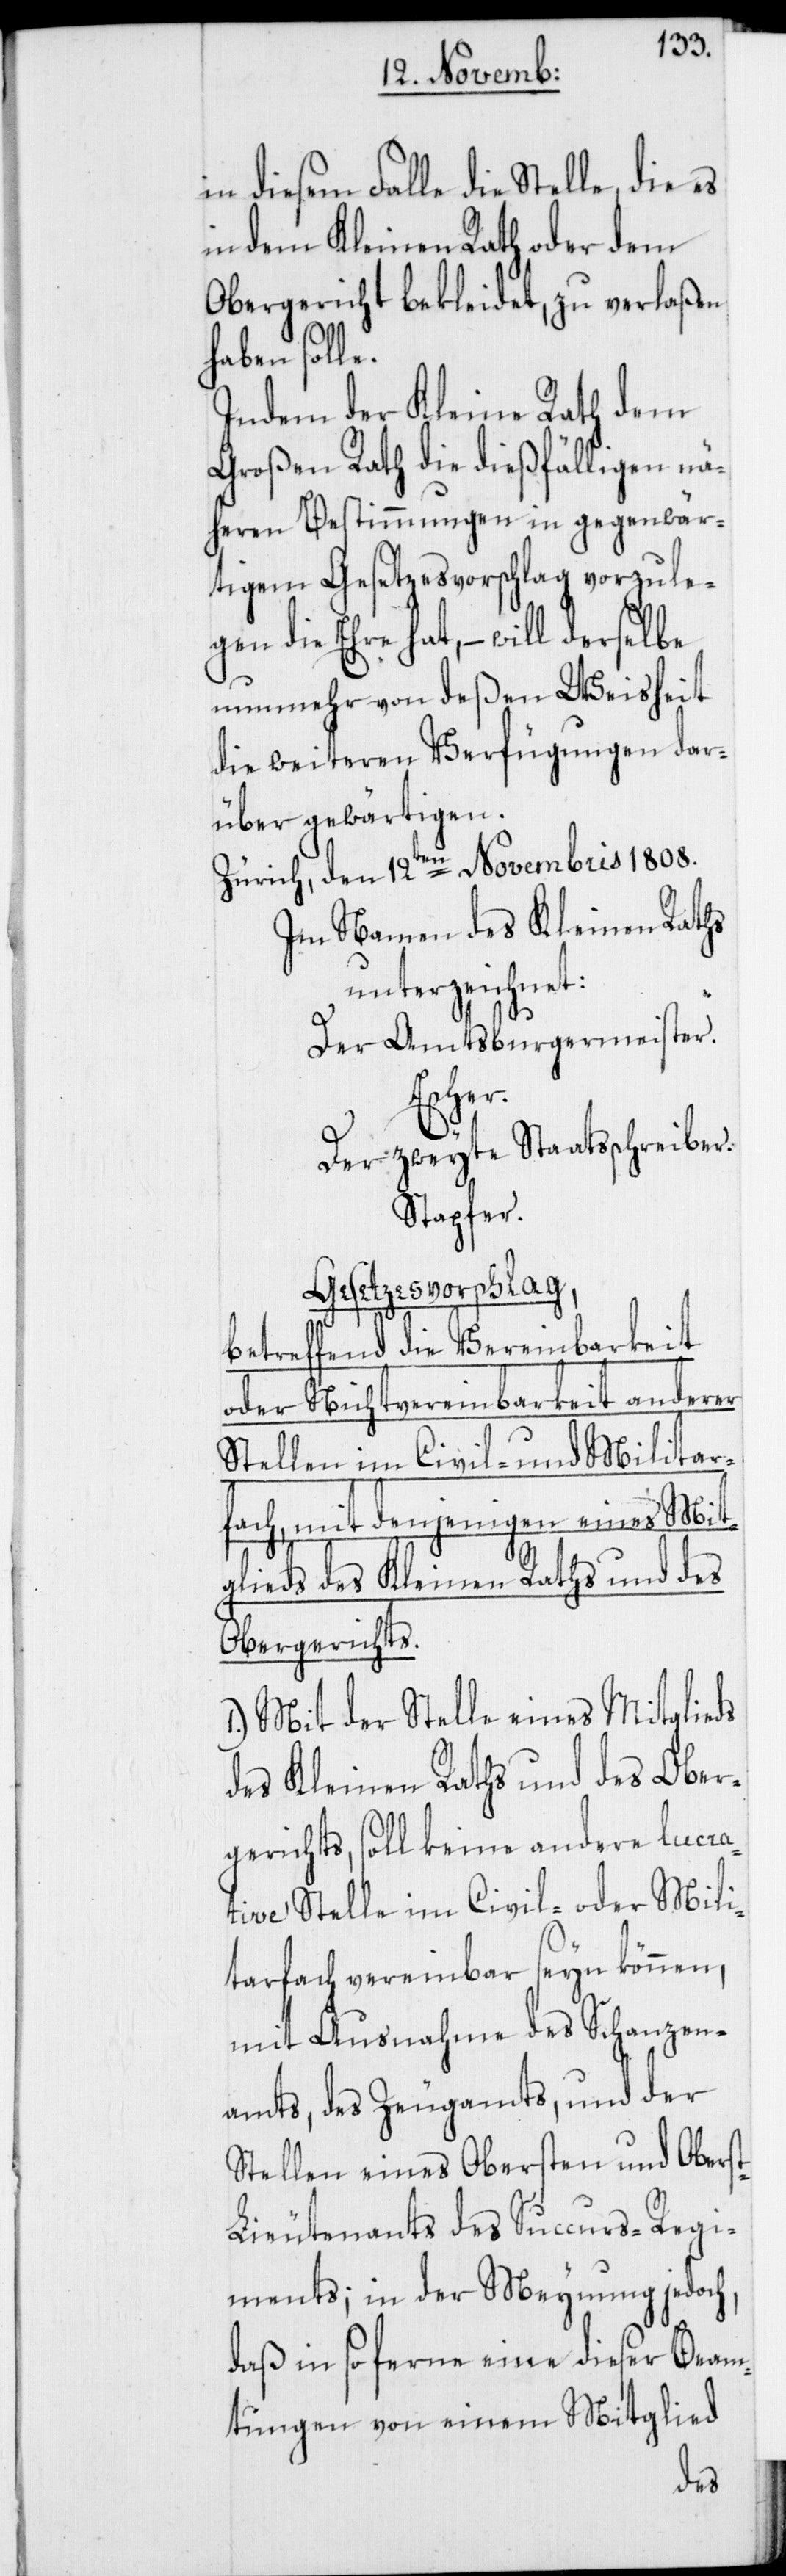
in diesem Falle die Stelle, die es
in dem Kleinen Rath oder dem
Obergericht bekleidet, zu verlaßen
haben solle.
Indem der Kleine Rath dem
Großen Rath die dießfälligen nä¬
heren Bestimmungen in gegenwär¬
tigem Gesetzesvorschlag vorzule¬
gen die Ehre hat, – will derselbe
nunmehr von deßen Weisheit
die weiteren Verfügungen dar¬
über gewärtigen.
Zürich, den 12ten Novembris 1808.
Im Namen des Kleinen Raths
unterzeichnet:
Der Amtsburgermeister.
Escher.
Der zweyte Staatsschreiber.
Stapfer.
Gesetzesvorschlag,
betreffend die Vereinbarkeit
oder Nichtvereinbarkeit anderer
Stellen im Civil- und Militar¬
fach, mit denjenigen eines Mit¬
glieds des Kleinen Raths und des
Obergerichts.
1.) Mit der Stelle eines Mitglieds
des Kleinen Raths und des Ober¬
gerichts, soll keine andere lucra¬
tive Stelle im Civil- oder Mili¬
tarfach vereinbar seyn können,
mit Ausnahme des Schanzen¬
amts, des Zeugamts, und der
Stellen eines Obersten und Obers¬
t-Lieutenants des Succurs-Regi¬
ments; in der Meynung jedoch,
daß in so ferne eine dieser Beam¬
tungen von einem Mitglied